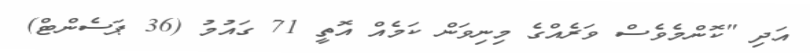
އަދި "ކޮންމެވެސް ވަރެއްގެ މިނިވަން ކަމެއް އޮތީ 71 ގައުމު (36 ޕަސެންޓް)